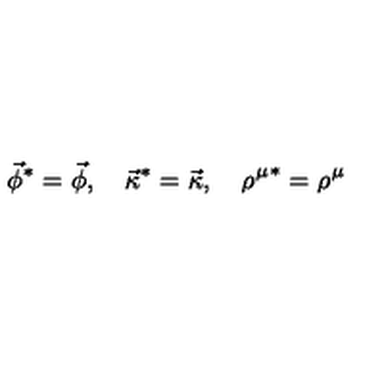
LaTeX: \vec { \phi } ^ { * } = \vec { \phi } , \quad \vec { \kappa } ^ { * } = \vec { \kappa } , \quad { \rho ^ { \mu } } ^ { * } = \rho ^ { \mu }